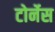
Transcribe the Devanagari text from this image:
टोर्नेस